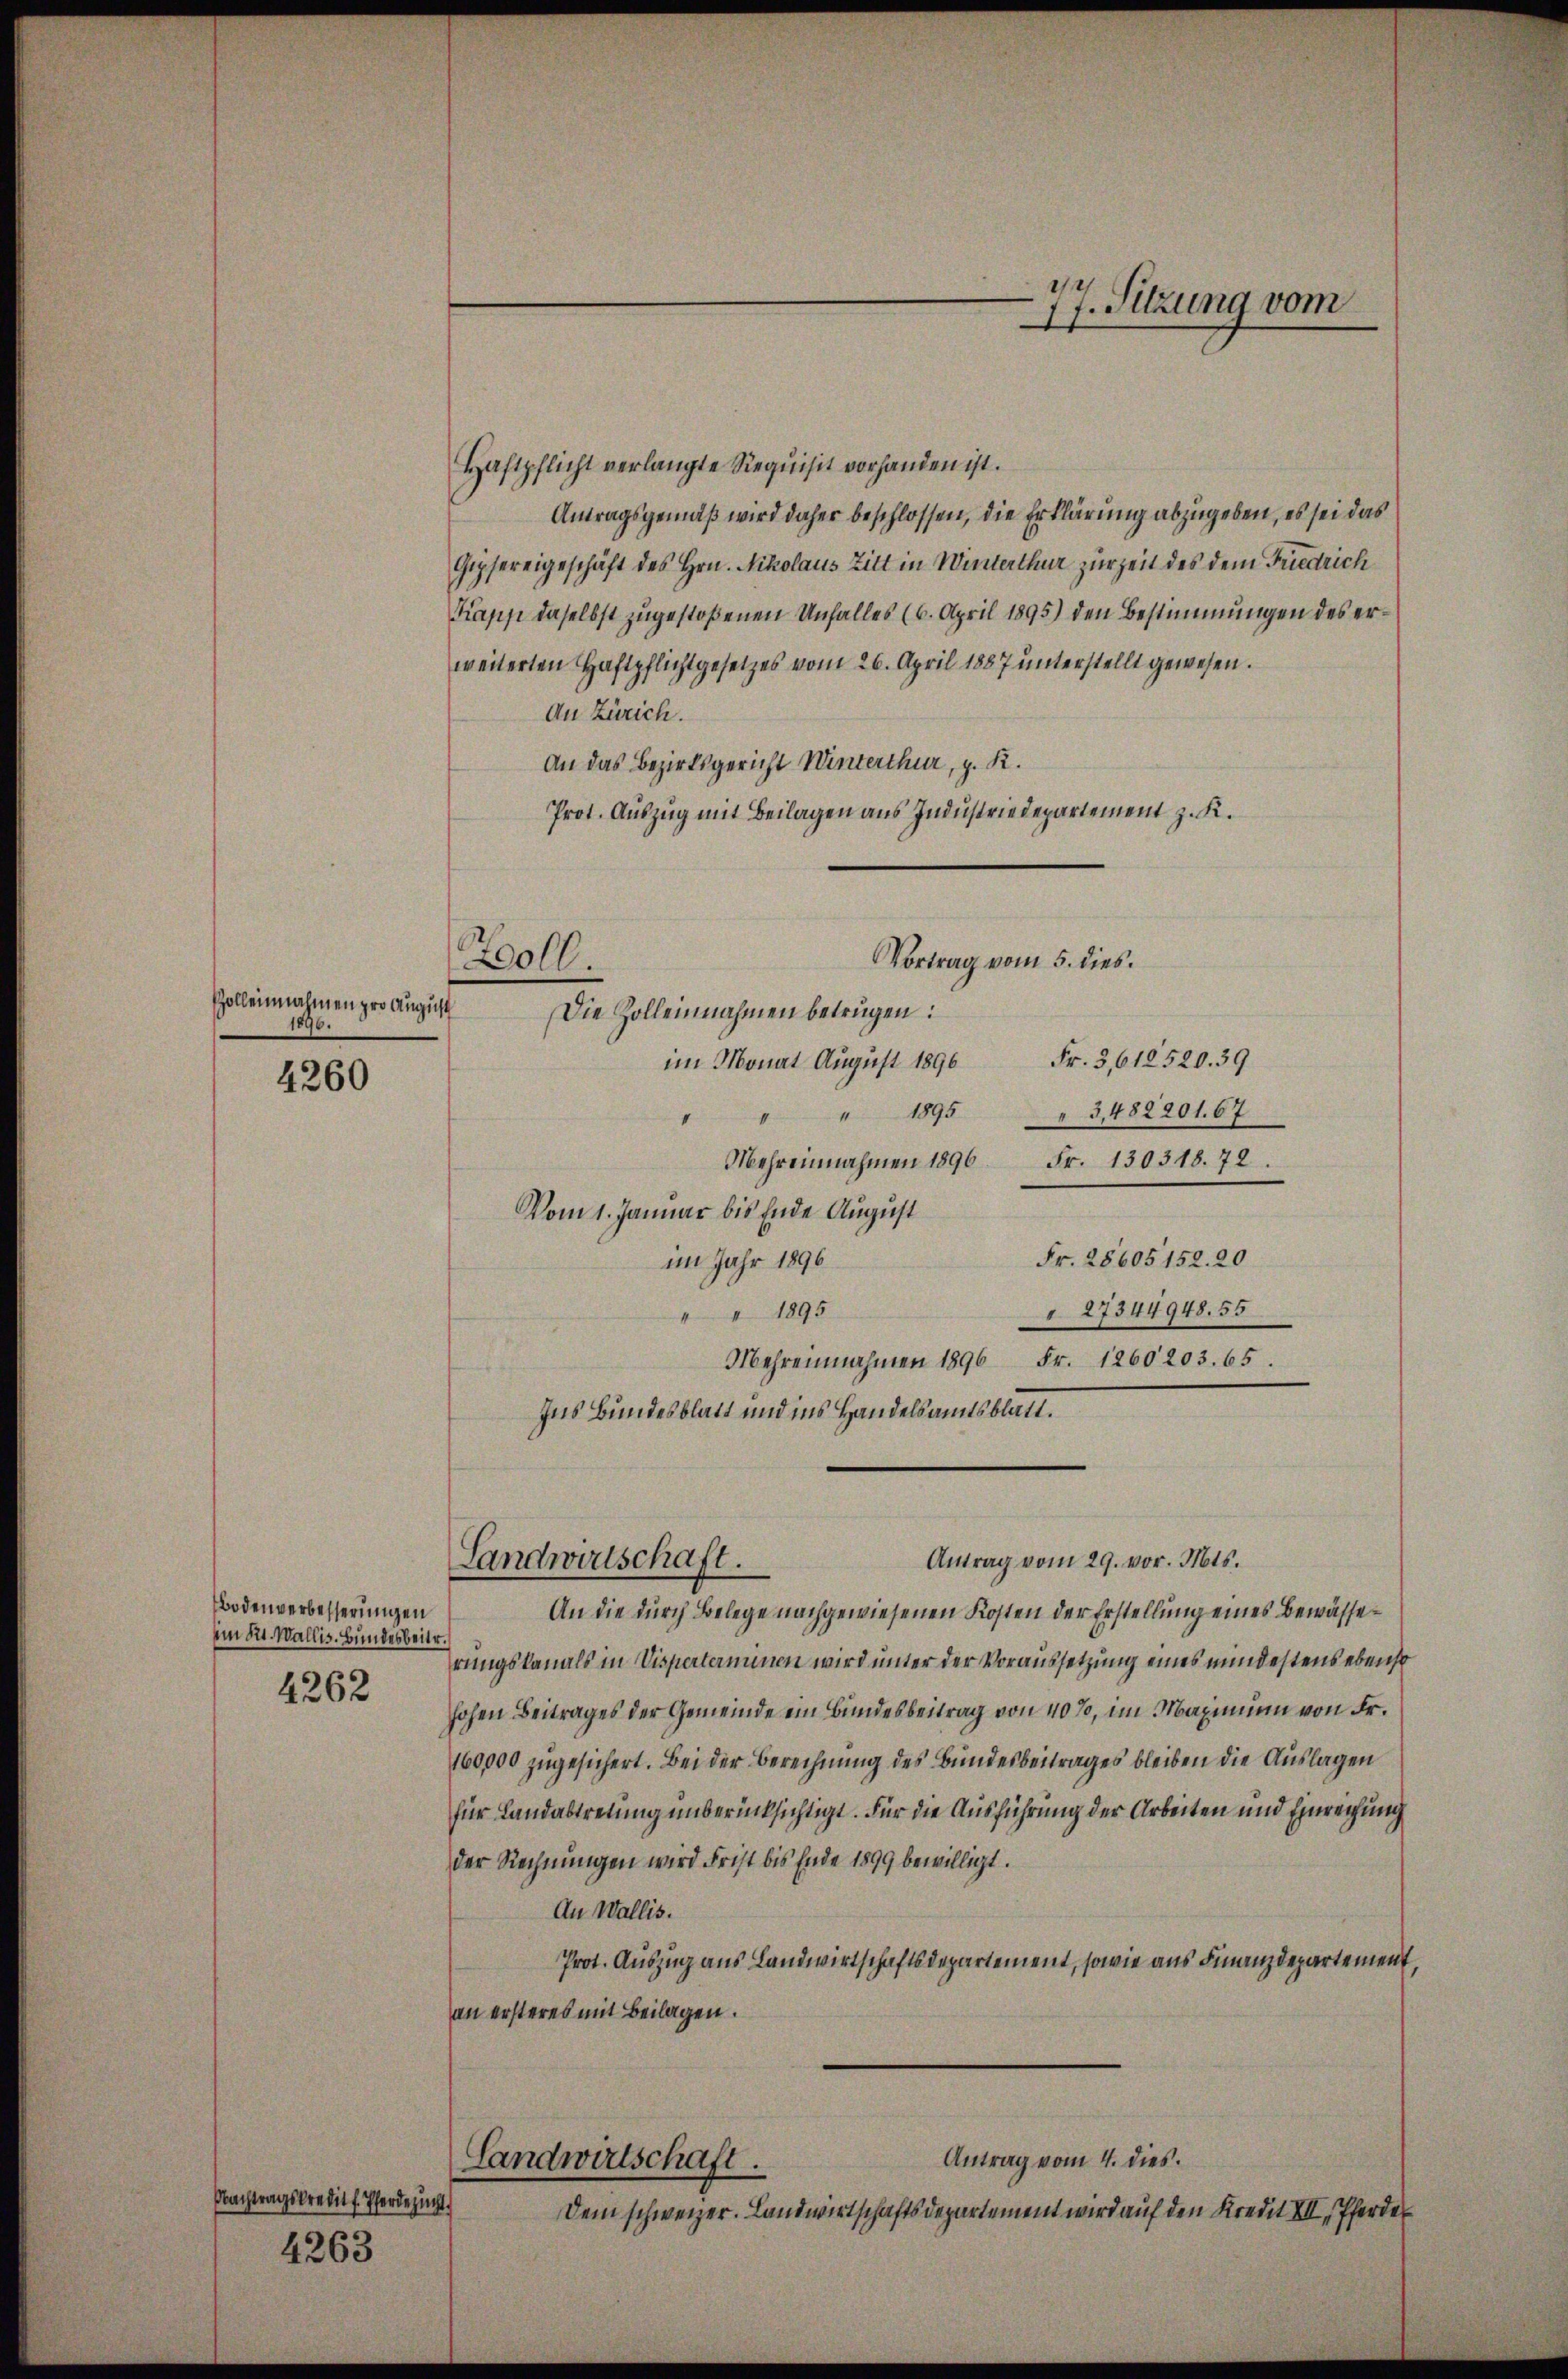
Zolleinnahmen pro August
1896.

4260

Bodenverbesserungen
im 52. Wallis. Bunderbeite.

4262

Nachtragskredit f. Pferdezucht
4263

Haftpflicht verlangte Requisit vorhanden ist.
Antragsgemäß wird daher beschlossen, die Erklärung abzugeben, es sei das
Gipfereigeschäft des Hrn. Nikolaus Zitt in Winterthur zur Zeit des dem Friedrich
Kapp daselbst zugestoßenen Unfalles (6. April 1895) den Bestimmungen des erweiterten Haftpflichtgesetzes vom 26. April 1887 unterstellt gewesen.
An Zürich.
An das Bezirksgericht Winterthur, z. R.
Prot. Auszug mit Beilagen aus Industriedepartement z. K.
Zoll.
Die Zolleinnahmen betrügen:
im Monat August 1896 Fr. 3,612520. 39
3,482201. 67
" " 1895
Mehreinnahmen 1896 Fr. 130318. 72.
Vom 1. Januar bis Ende August
Fr. 28605152. 20
im Jahr 1896
27344948. 55
" " 1895
Mehrennahmen 1896 Fr. 1260203. 65.
Ins Bundesblatt und ins Handelsamtsblatt.

Landwirtschaft.

Vortrag vom 5. dies.

77. Sitzung vom

Antrag vom 29. vor. Mts.
An die durch Belege nachgewiesenen Kosten der Erstellung eines Bewässerungskanals in Visperterminen wird unter der Voraussetzung eines mindestens ebenso
hohen Beitrages der Gemeinde ein Bundesbeitrag von 40%, im Maximum von Fr.
160,000 zugesichert. Bei der Berechnung des Bundesbeitrages bleiben die Auslagen
für Landabtretung unberücksichtigt. Für die Ausführung der Arbeiten und Einreichung
der Rechnungen wird Frist bis Ende 1899 bewilligt.
An Wallis.
Prot. Auszug aus Landwirtschaftsdepartement, sowie aus Finanzdepartement.
an ersteres mit Beilagen.
Antrag vom 4. dies.
Landwirtschaft.
Dem schweizer. Landwirtschaftsdepartement wird auf den Kredit XII. Pferder